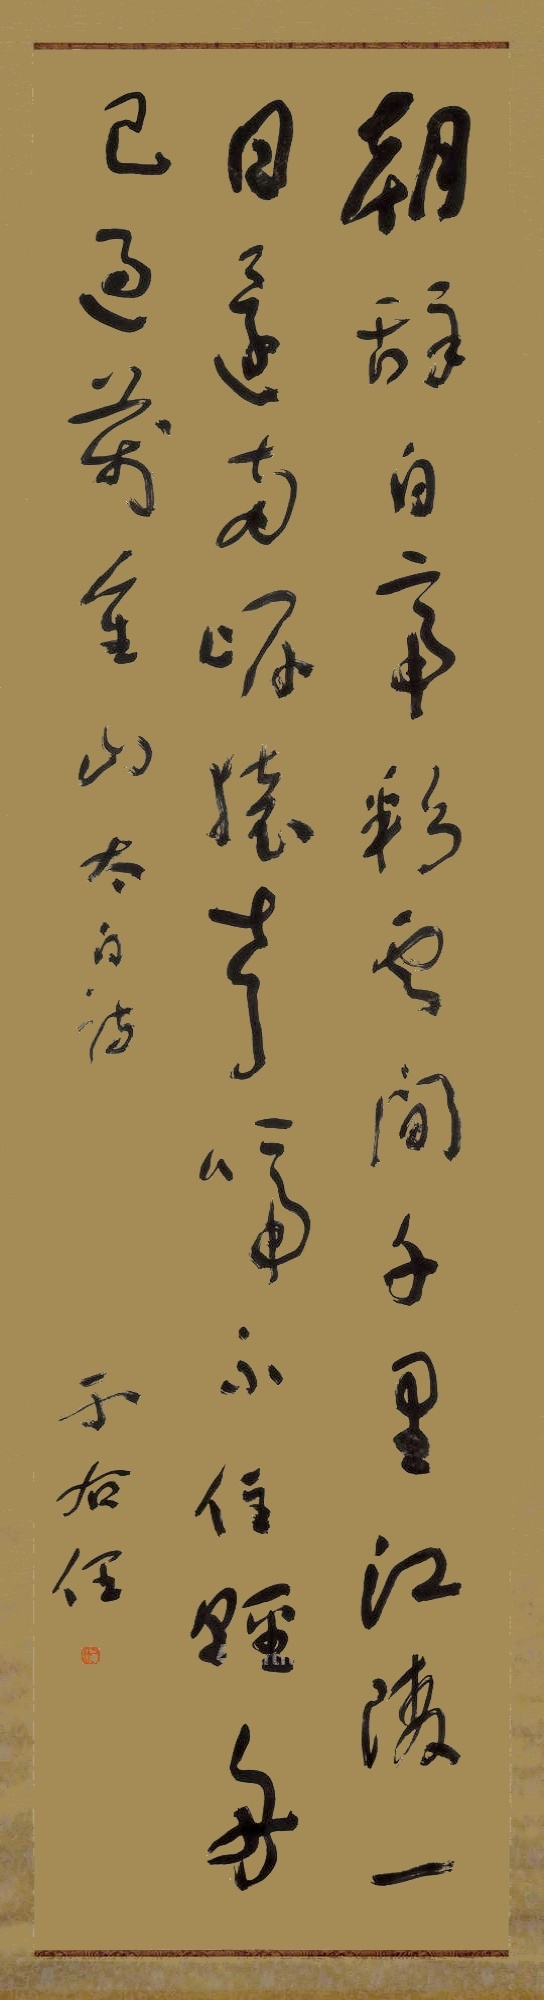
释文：朝辞白帝彩云间，千里江陵一日还。两岸猿声啼不住，轻舟已过万重山。太白诗。于右任。